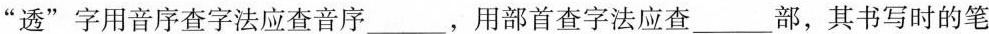
”透”字用音序查字法应查音序___，用部首查字法应查___部，其书写时的笔